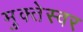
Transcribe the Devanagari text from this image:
मुक्तेस्वर